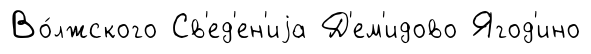
Во́лжского Св'ед'ен'иjа Д'ем'идово Ягод'ино